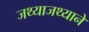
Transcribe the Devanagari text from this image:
जथ्याजथ्याने